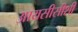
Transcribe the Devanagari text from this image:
आयसीसीशी